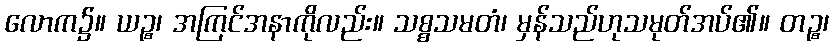
လောက၌။ ယဉ္စ၊ အကြင်အနာကိုလည်း။ သစ္စသမတံ၊ မှန်သည်ဟုသမုတ်အပ်၏။ တဉ္စ၊